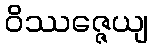
ဝိဿဇ္ဇေယျ